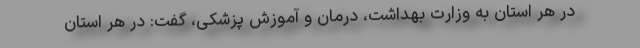
در هر استان به وزارت بهداشت، درمان و آموزش پزشکی، گفت: در هر استان